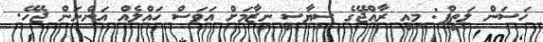
ހަސަން ލަތީފް: މިއީ ރާއްޖޭގެ ސިޔާސީ ނިޒާމަށް އަވަސް ހައްލެއް އަންނަން ޖެހޭ.